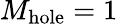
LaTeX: M_{\mathrm{hole}}=1